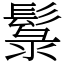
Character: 䰁